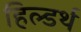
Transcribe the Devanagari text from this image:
हिल्डर्थ